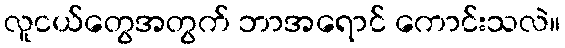
လူငယ်တွေအတွက် ဘာအရောင် ကောင်းသလဲ။